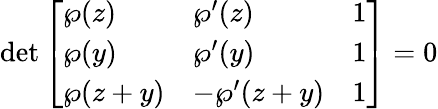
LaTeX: \operatorname*{det}{\left[\begin{array}{lll}{\wp(z)}&{\wp^{\prime}(z)}&{1}\\ {\wp(y)}&{\wp^{\prime}(y)}&{1}\\ {\wp(z+y)}&{-\wp^{\prime}(z+y)}&{1}\end{array}\right]}=0